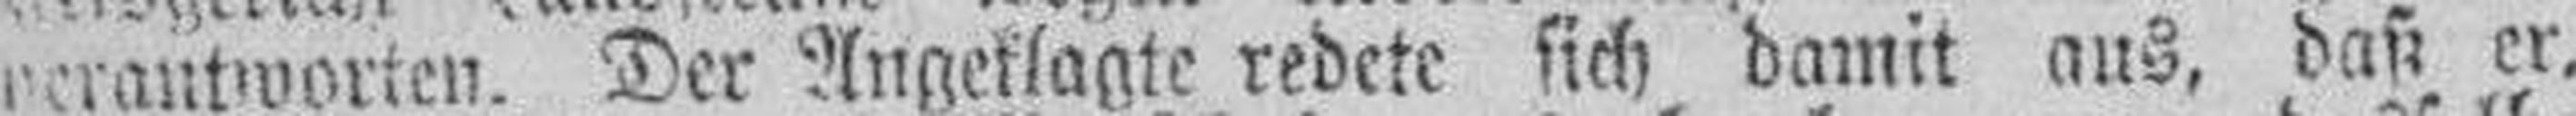
verantworten. Der Angeklagte redete sich damit aus, daß er,